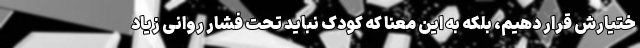
ختیارش قرار دهیم، بلکه به این معنا که کودک نباید تحت فشار روانی زیاد